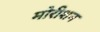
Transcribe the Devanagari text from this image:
मोरीशन